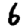
Digit: 6